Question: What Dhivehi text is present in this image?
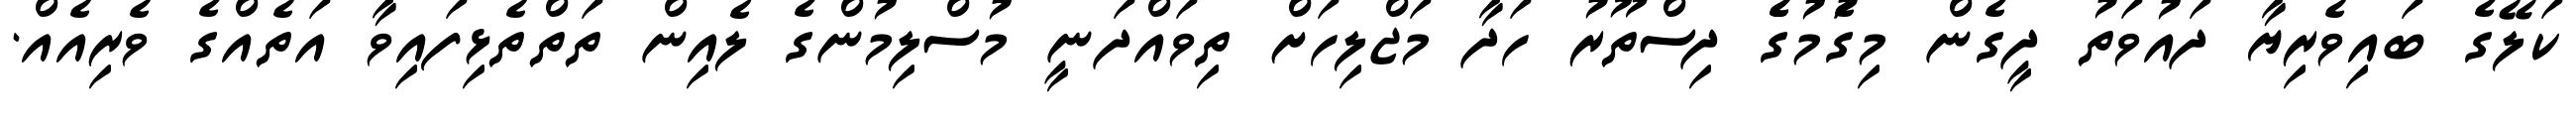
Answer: ކަލޭގެ ބައިވެރިޔާ ދައުވަތު ދީގެން މިގަެުމުގެެ ދިސްތޫރު ހަދާ މަޖްލިހަށް ތިވައްދަނީ މުސްލިމުންގެ ލެއިން ތަތްތެޅިފައިވާ އަތެއްގެ ވެރިއެއް.